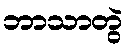
ဘာသာတွဲ